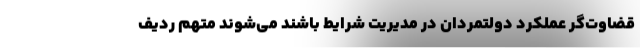
قضاوت‌گر عملکرد دولتمردان در مدیریت شرایط باشند می‌شوند متهم ردیف